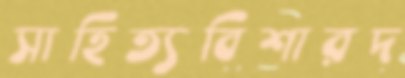
সাহিত্যবিশারদ